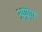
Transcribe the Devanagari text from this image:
अपुष्प